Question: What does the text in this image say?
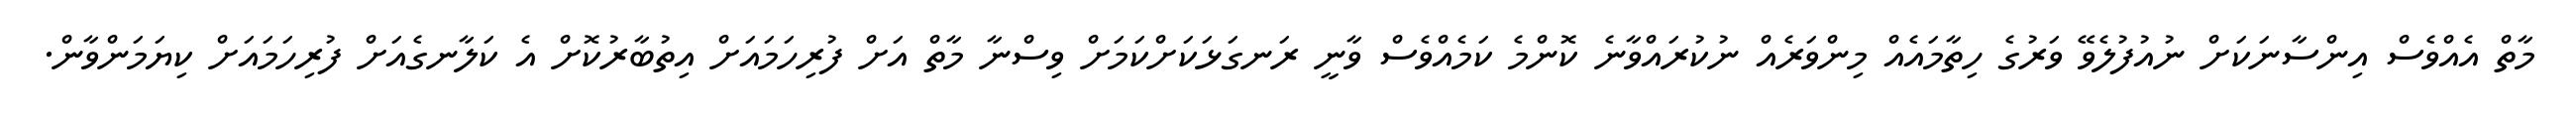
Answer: މާތް އެއްވެސް އިންސާނަކަށް ނުއުފުލެވޭ ވަރުގެ ހިތާމައެއް މިންވަރެއް ނުކުރައްވާނެ ކޮންމެ ކަމެއްވެސް ވާނީ ރަނގަޅަކަށްކަމަށް ވިސްނާ މާތް އަށް ފުރިހަމައަށް އިތުބާރުކޮށް އެ ކަލާނގެއަށް ފުރިހަމައަށް ކިޔަމަންވާން.